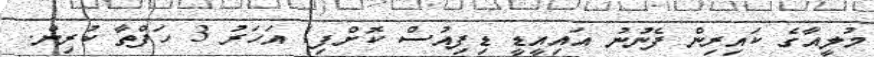
މުލީއާގެ ކައިރިން ފެނުނު އައިއީޑީ ޑިފިއުސް ކޮށްފި1 އަހަރު 3 ހަފްތާ ކުރިން.